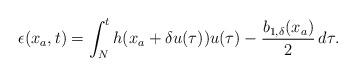
LaTeX: \begin{align*}\epsilon(x_a,t)=\int_N^t h(x_a+\delta u(\tau))u(\tau)-\dfrac{b_{1,\delta}(x_a)}{2} \,d\tau .\end{align*}